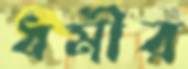
ধর্মীর